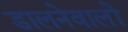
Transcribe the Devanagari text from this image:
डालनेवालों